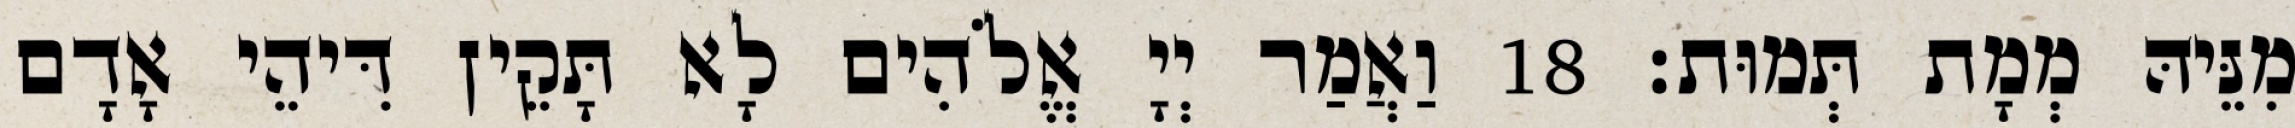
מִנֵּיהּ מְמָת תְּמוּת׃ 18 וַאֲמַר יְיָ אֱלֹהִים לָא תָּקֵין דִּיהֵי אָדָם